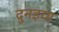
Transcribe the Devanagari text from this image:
दुनइया